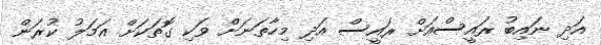
އަދި ނައިބު ރައީސްއަށް ރައީސް އަދި މިހާތަނަށް ވަކި ގޮތަކަށް އަމަލު ކުރަން